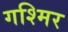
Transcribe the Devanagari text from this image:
गश्मिर